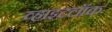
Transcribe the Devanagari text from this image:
व्हाइटलॉक